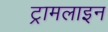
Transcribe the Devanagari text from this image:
ट्रामलाइन